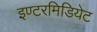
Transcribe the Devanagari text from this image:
इण्टरमिडियेट